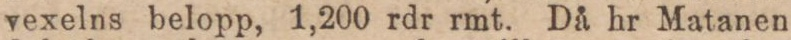
vexelns belopp, 1,200 rdr rmt. Då hr Matanen